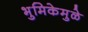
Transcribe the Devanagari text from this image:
भुमिकेमुळे